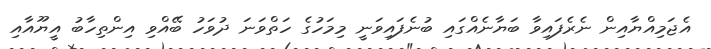
އެޖަމިއްޔާއިން ނެރެފައިވާ ބަޔާނެއްގައި ބުނެފައިވަނީ މިމަހުގެ ހަތްވަނަ ދުވަހު ބޭއްވި އިންތިހާބު އީޔޫއާއި